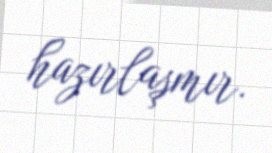
hazırlaşmır.